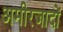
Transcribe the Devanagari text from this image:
अमीरजादों